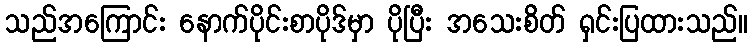
သည်အကြောင်း နောက်ပိုင်းစာပိုဒ်မှာ ပိုပြီး အသေးစိတ် ရှင်းပြထားသည်။